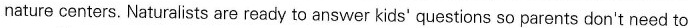
nature centers. Naturalists are ready to answer kids' questions so parents don't need to